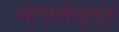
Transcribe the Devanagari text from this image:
मोगालीकुदुरु